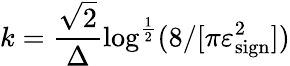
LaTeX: k=\frac{\sqrt{2}}{\Delta}\log^{\frac{1}{2}}(8/[\pi\varepsilon_{\mathrm{sign}}^{2}])